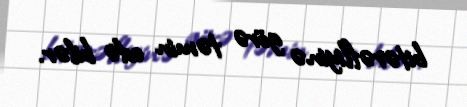
bitərəfliyinə görə təmin edə bilər.